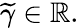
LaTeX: \widetilde{\gamma}\in\mathbb{R}.